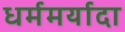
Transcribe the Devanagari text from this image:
धर्ममर्यादा